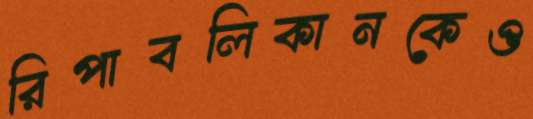
রিপাবলিকানকেও